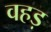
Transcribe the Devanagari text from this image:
वहड़